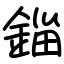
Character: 錙